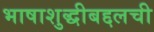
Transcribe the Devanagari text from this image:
भाषाशुद्धीबद्दलची